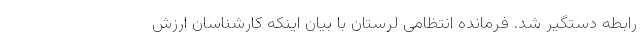
رابطه دستگیر شد. فرمانده انتظامی لرستان با بیان اینکه کارشناسان ارزش